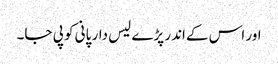
اور اس کےاندر پڑے لیس دار پانی کو پی جا۔